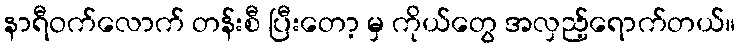
နာရီဝက်လောက် တန်းစီ ပြီးတော့ မှ ကိုယ်တွေ အလှည့်ရောက်တယ်။